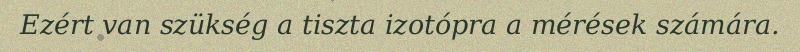
Ezért van szükség a tiszta izotópra a mérések számára.